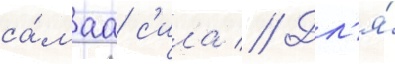
са́маа с'ила // Дл'я́